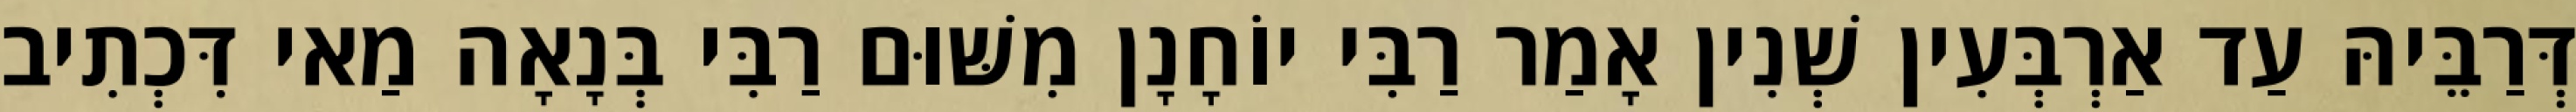
דְּרַבֵּיהּ עַד אַרְבְּעִין שְׁנִין אָמַר רַבִּי יוֹחָנָן מִשּׁוּם רַבִּי בְּנָאָה מַאי דִּכְתִיב